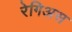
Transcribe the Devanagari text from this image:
रेगिअस